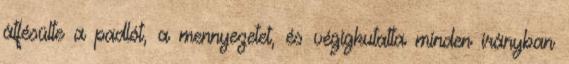
átfésülte a padlót, a mennyezetet, és végigkutatta minden irányban